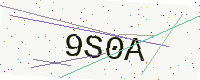
Text: 9S0A